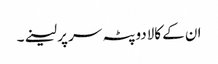
ان کے کالادوپٹہ سر پر لینے۔